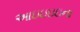
આઇઇઇઇના